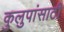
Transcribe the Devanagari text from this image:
कुलुपांसाठी